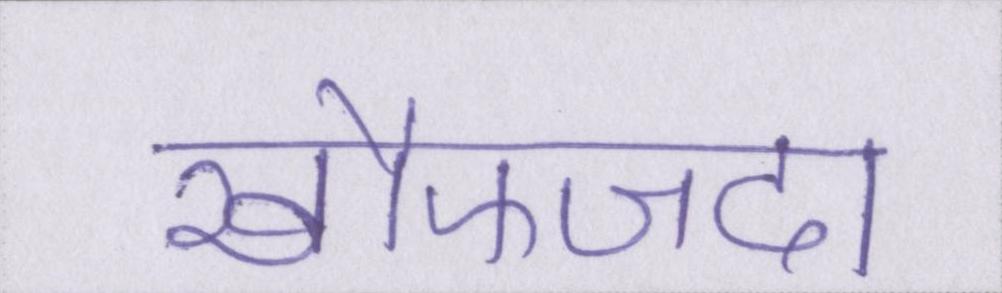
खौफजदा